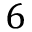
6